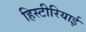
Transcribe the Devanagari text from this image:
हिस्टीरियाई